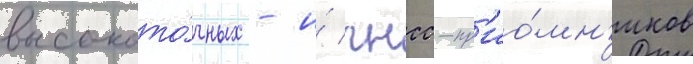
высокото́чных - и́ гнсс-пр'ио́мн'иков